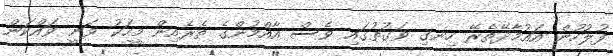
ފުލުހުން އައުމާދޭތެރޭ ހިނގި ވަގުތުގައި ވެސް އާއްމުންގެ ތެރެއިން މީހަކު ވަނީ ވައްކަން